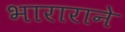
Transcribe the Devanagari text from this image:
भाराराने